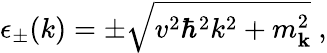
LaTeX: \epsilon_{\pm}(k)=\pm\sqrt{v^{2}\hbar^{2}k^{2}+m_{\mathbf{k}}^{2}}\ ,